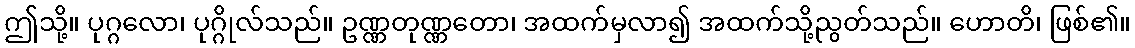
ဤသို့။ ပုဂ္ဂလော၊ ပုဂ္ဂိုလ်သည်။ ဥဏ္ဏတုဏ္ဏတော၊ အထက်မှလာ၍ အထက်သို့ညွတ်သည်။ ဟောတိ၊ ဖြစ်၏။